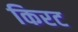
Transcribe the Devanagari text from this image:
किरट